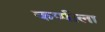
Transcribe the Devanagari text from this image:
कप्पीला